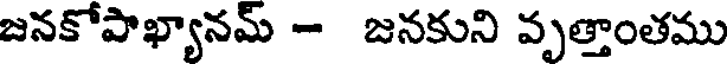
జనకోపాఖ్యానమ్ - జనకుని వృత్తాంతము